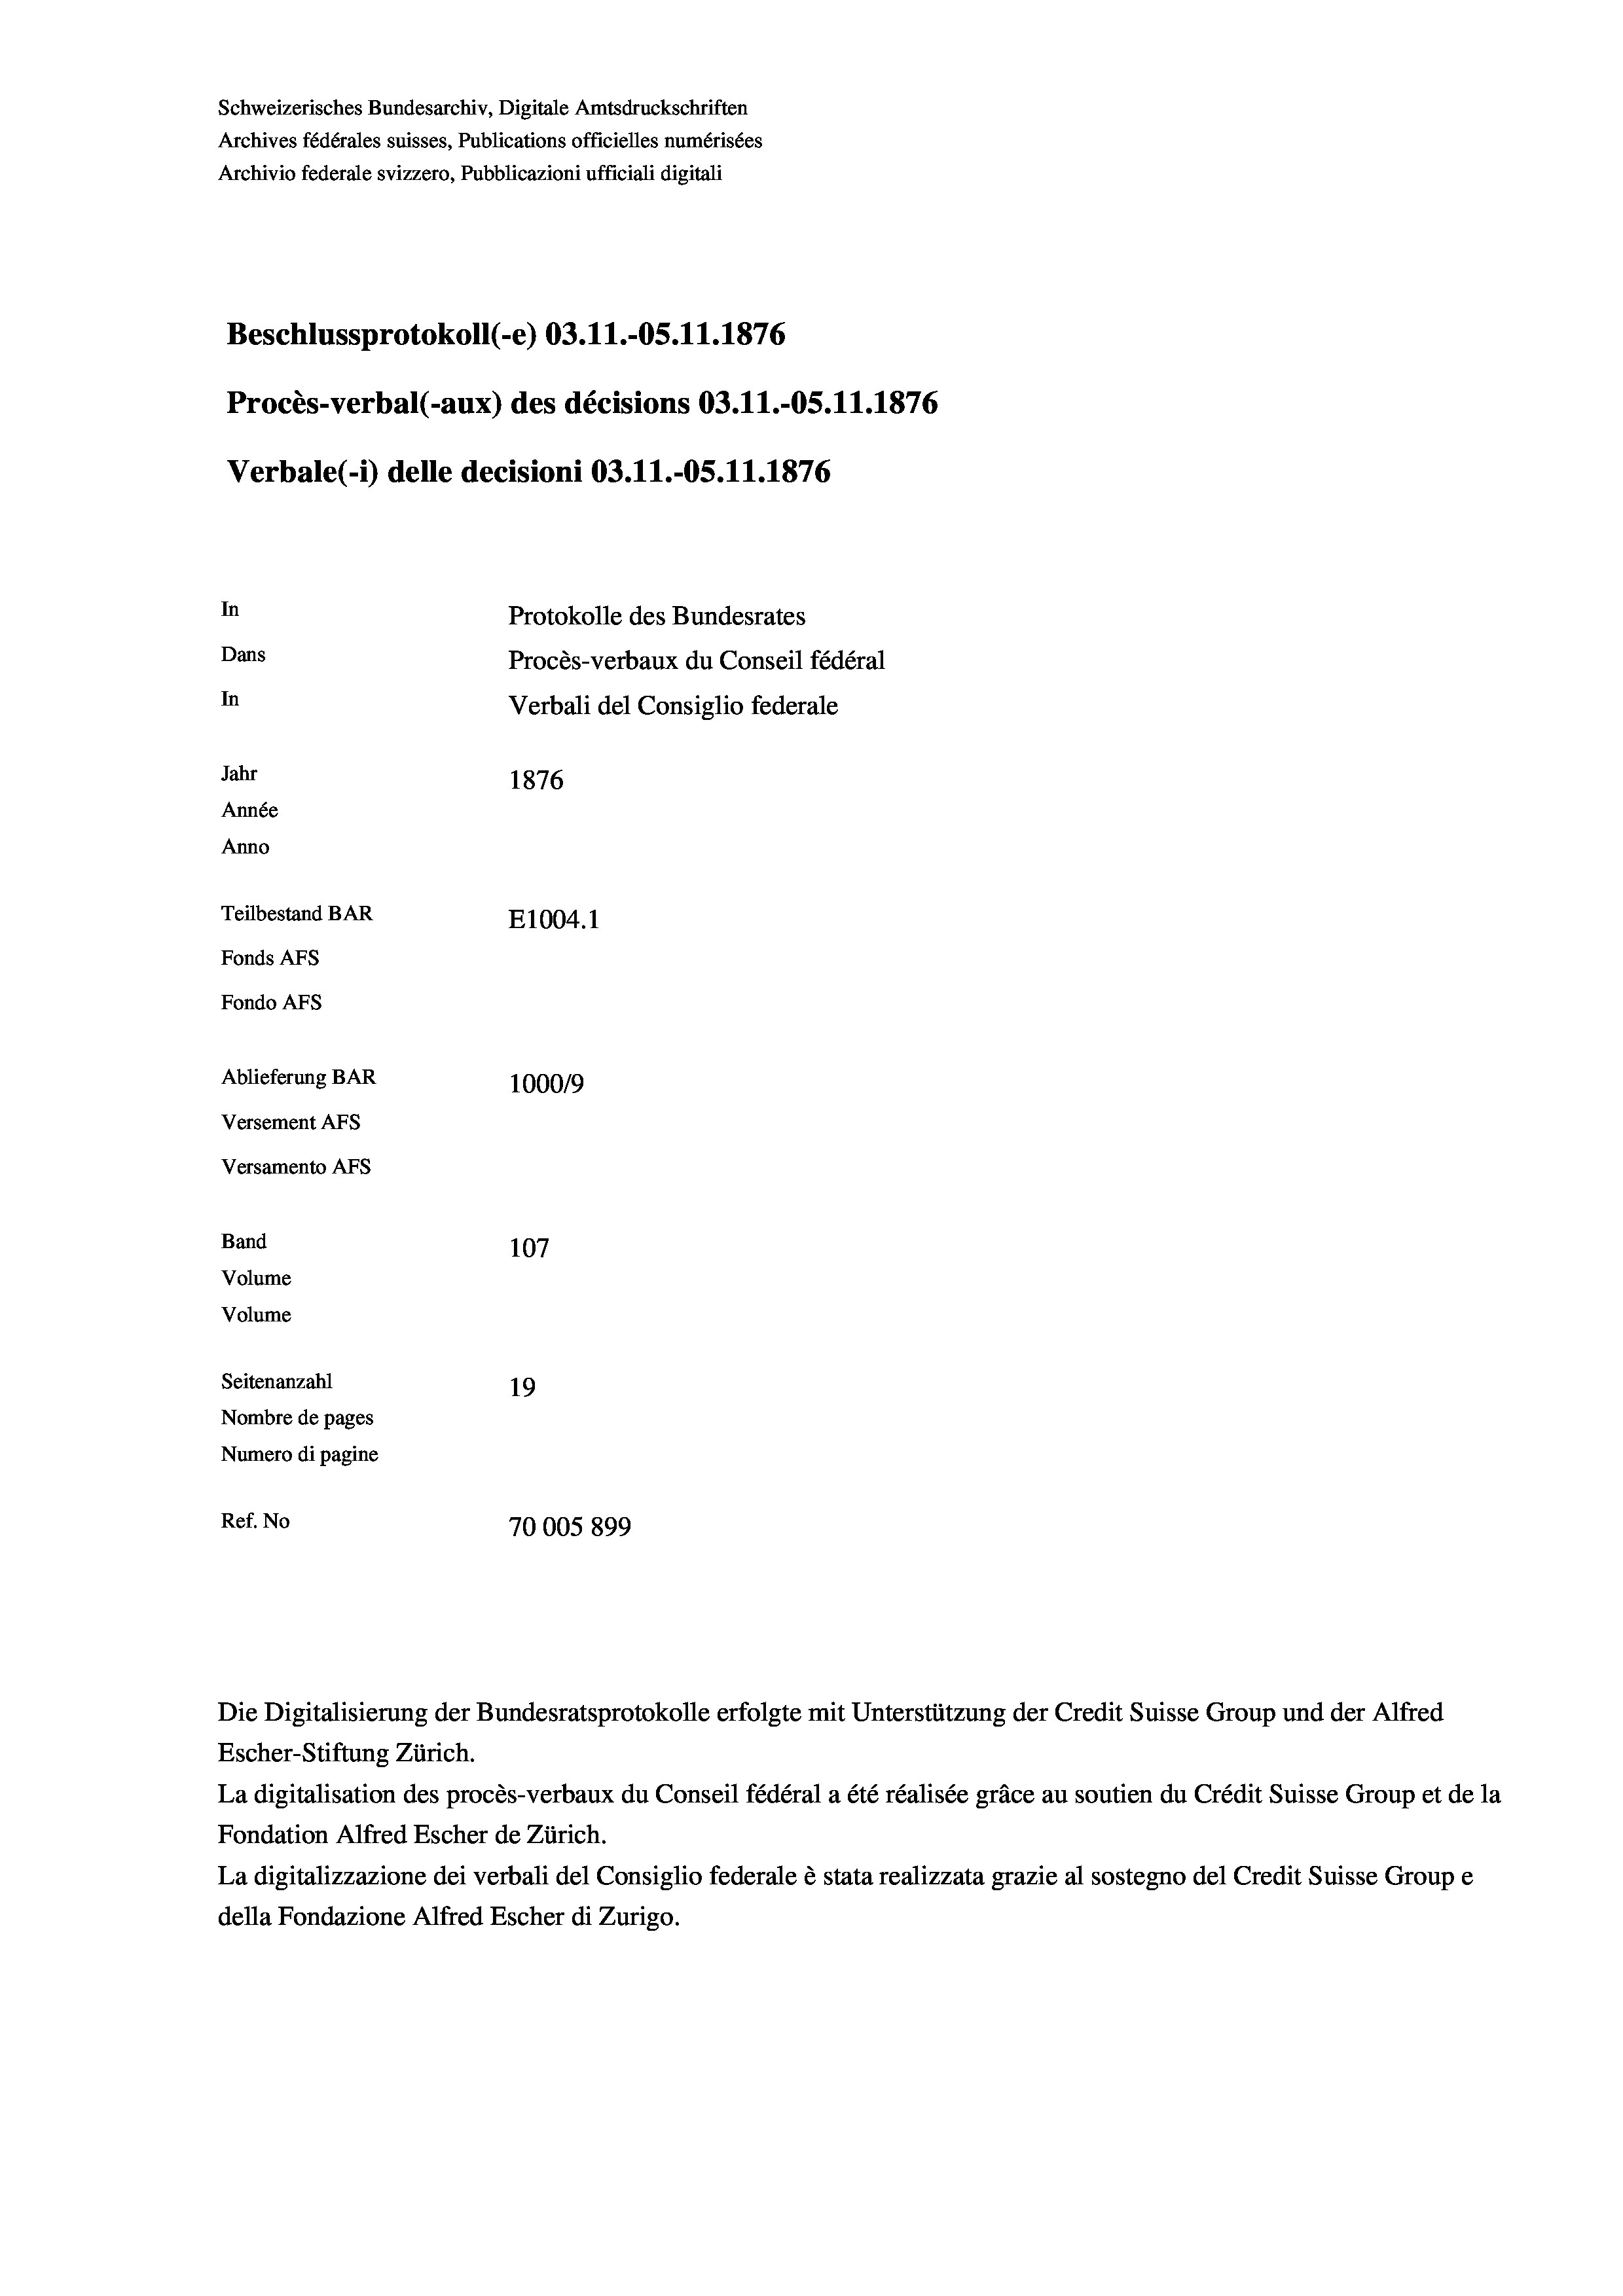
Schweizerisches Bundesarchiv, Digitale Amtsdruckschriften
Archives fédérales suisses, Publications officielles numérisées
Archivio federale svizzero, Pubblicazioni ufficiali digitali
Beschlussprotokoll (-e) 03.11.-OS. 11. 1876
Procès-verbal (-aux) des décisions 03.11.-OS.11.1876
Verbale(-*) delle decisioni 03.11.-OS. 11. 1876
In
Protokolle des Bundesrates
Dans
Procès-verbaux du Conseil fédéral
In
Verbali del Consiglio federale
Jahr
1876
Année
Anno
Teilbestand BAR
E1004. 1
Fonds AFs
Fondo Afs
Ablieferung BAR
100019
Versement AFs
Versamento Afs
Band
107
Volume
Volume

Seitenanzahl
19
Nombre de pages
Numero di pagine
Ref. No
70005 899

Escher-Stiftung Zürich.
La digitalisation des procès-verbaux du Conseil fédéral a été réalisée gräce au soutien du Crédit Suisse Group et de la
Fondation Alfred Escher de Zürich.
La digitalizzazione dei verbali del Consiglio federale è stata realizzata grazie al sostegno del Credit Suisse Groupe
della Fondazione Alfred Escher di Zurigo.

Die Digitalisierung der Bundesratsprotokolle erfolgte mit Unterstützung der Credit Suisse Group und der Alfred